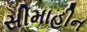
સીમાહીન